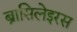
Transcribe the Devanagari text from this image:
ब्रासिलेइरस